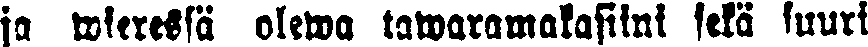
ja wieressä olewa tawaramakasiini sekä suuri